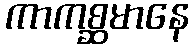
ကာကစ္ဆမာနေ